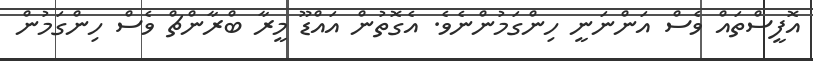
އޮފީސްތައް ވެސް އަންނަނީ ހިންގަމުންނެވެ. އެގޮތުން އައްޑޫ މީރާ ބްރާންޗް ވެސް ހިންގަމުން